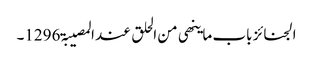
الجنائز باب ما ینھی من الحلق عند المصیبۃ 1296۔